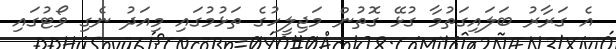
އެ ގަރާރު ބަލައިގަތުމާ ގުޅޭ ގޮތުން މަޖިލީހުގެ ތަޅުމުގައި މިއަދު ނެގި ވޯޓުގައި